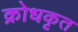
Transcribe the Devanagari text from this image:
क्रोधकृत